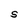
Character: S